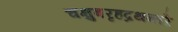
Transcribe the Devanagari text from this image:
चक्षुबरृहद्रथन्तरे